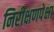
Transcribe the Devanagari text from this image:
निरीक्षणपेक्षा